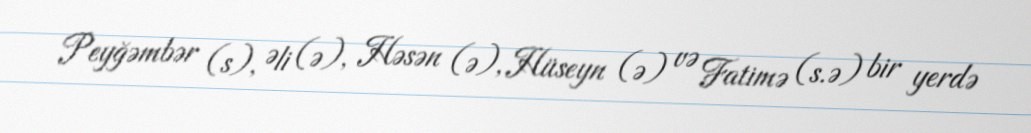
Peyğəmbər (s), Əli (ə), Həsən (ə), Hüseyn (ə) və Fatimə (s.ə) bir yerdə